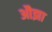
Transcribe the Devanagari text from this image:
औझा